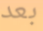
بعد